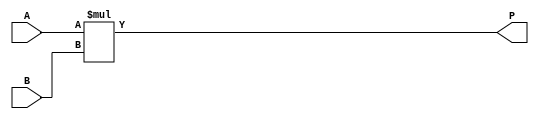
// Unsigned multiplier
module multiplier_unsigned #(
  parameter WIDTH = 4
)(A, B, P);
  input [WIDTH-1:0] A;
  input [WIDTH-1:0] B;
  output [2*WIDTH-1:0] P;

  assign P = A * B;
endmodule